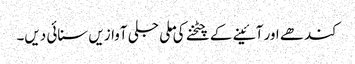
کندھے اور آئینے کے چٹخنے کی ملی جلی آوازیں سنائی دیں۔